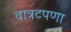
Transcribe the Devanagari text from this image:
वात्रटपणा